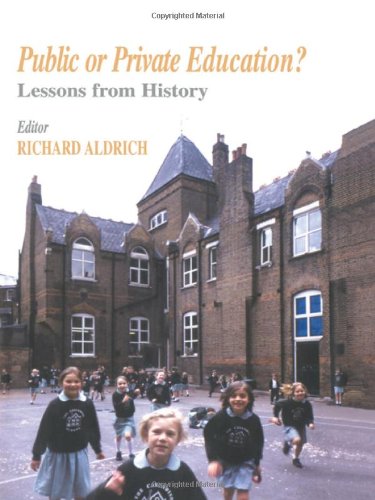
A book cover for Public or Private Education?: Lessons from History (Woburn Education Series); Richard Aldrich; Test Preparation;